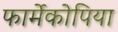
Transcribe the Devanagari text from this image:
फार्मेकोपिया